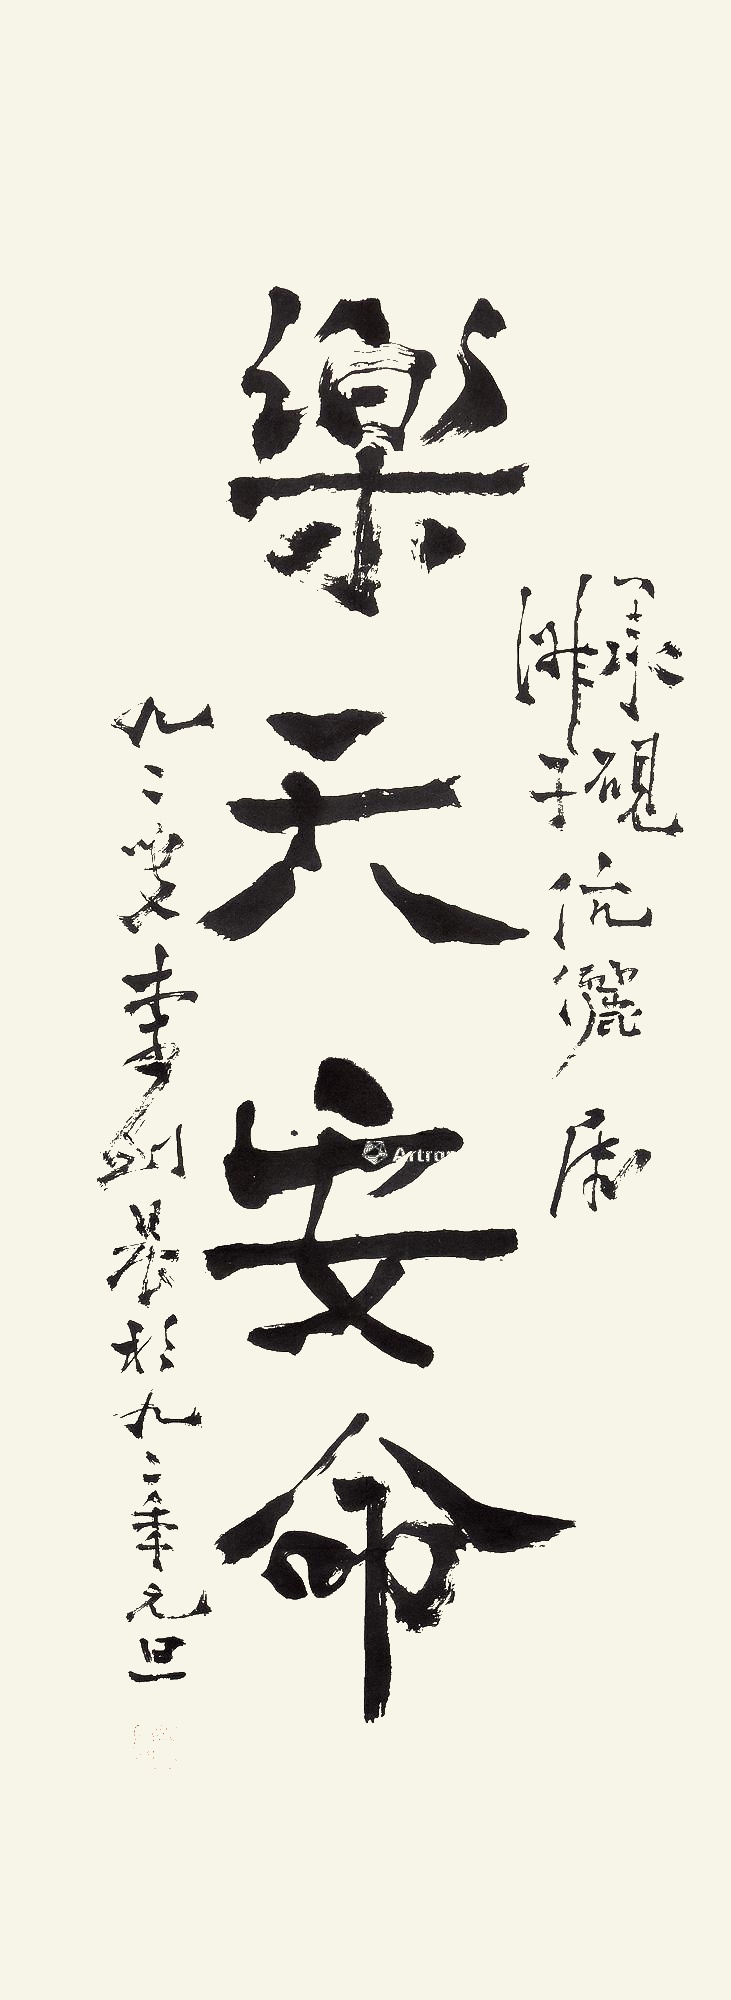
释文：乐天安命承砚、淑子伉俪属，九二叟李剑晨于九二年元旦。